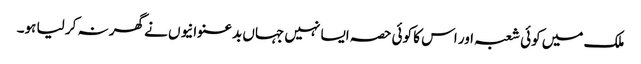
ملک میں کوئی شعبہ اور اس کا کوئی حصہ ایسا نہیں جہاں بدعنوانیوں نے گھر نہ کر لیا ہو۔